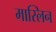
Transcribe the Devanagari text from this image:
मास्लिन